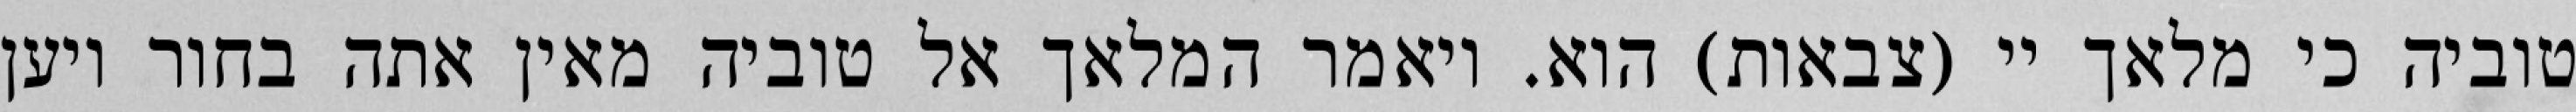
טוביה כי מלאך יי (צבאות) הוא. ויאמר המלאך אל טוביה מאין אתה בחור ויען